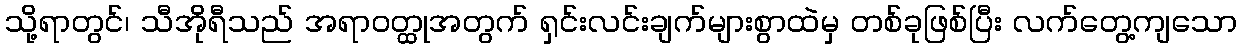
သို့ရာတွင်၊ သီအိုရီသည် အရာဝတ္ထုအတွက် ရှင်းလင်းချက်များစွာထဲမှ တစ်ခုဖြစ်ပြီး လက်တွေ့ကျသော